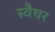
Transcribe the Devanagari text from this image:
स्वैथर